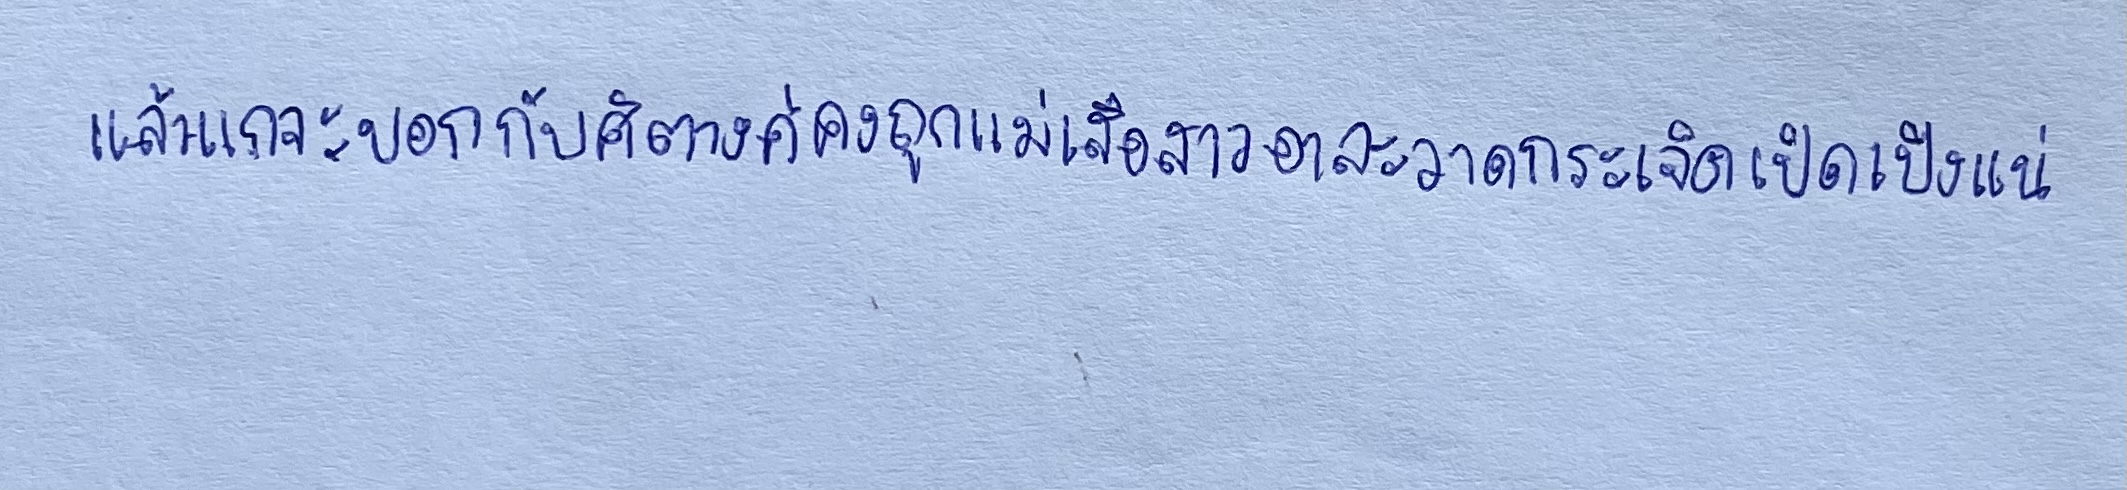
"แล้วแกจะบอกกับศิตางค์คงถูกแม่เสือสาวอาละวาดกระเจิดเปิดเปิงแน่"